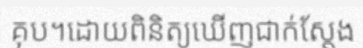
គុប។ដោយពិនិត្យឃើញជាក់ស្តែង